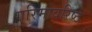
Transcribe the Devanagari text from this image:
गरिमावरिष्ठ